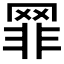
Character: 𦋛